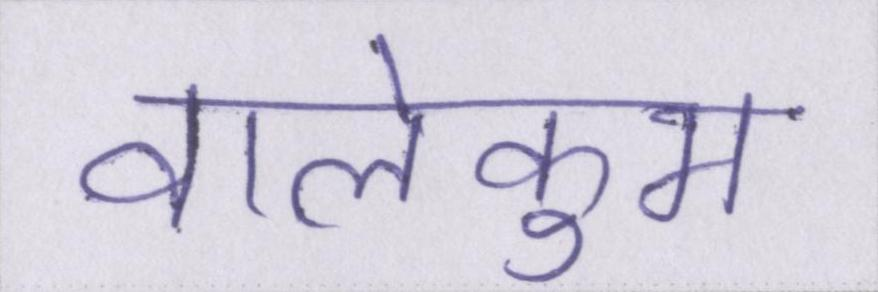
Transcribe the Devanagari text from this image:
वालेकुम